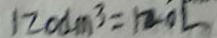
1 2 0 d m ^ { 3 } = 1 2 0 L